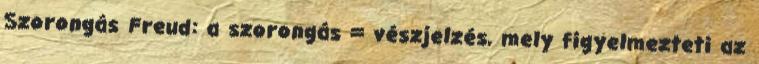
Szorongás Freud: a szorongás = vészjelzés, mely figyelmezteti az